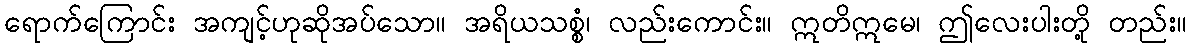
ရောက်ကြောင်း အကျင့်ဟုဆိုအပ်သော။ အရိယသစ္စံ၊ လည်းကောင်း။ ဣတိဣမေ၊ ဤလေးပါးတို့ တည်း။